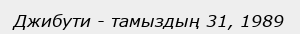
Джибути - тамыздың 31, 1989